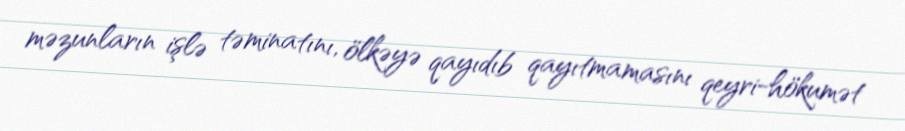
məzunların işlə təminatını, ölkəyə qayıdıb qayıtmamasını qeyri-hökumət